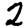
Digit: 2